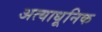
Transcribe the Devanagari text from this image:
अत्याधूनिक